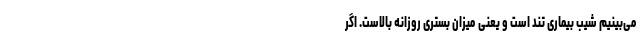
می‌بینیم شیب بیماری تند است و یعنی میزان بستری روزانه بالاست. اگر